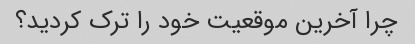
چرا آخرین موقعیت خود را ترک کردید؟